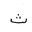
Letter: _tha